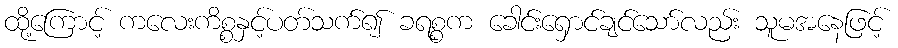
ထို့ကြောင့် ကလေးကိစ္စနှင့်ပတ်သက်၍ ခရစ္စက ခေါင်းရှောင်ချင်သော်လည်း သူမအနေဖြင့်